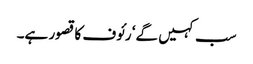
سب کہیں گے‘ رئوف کا قصور ہے۔